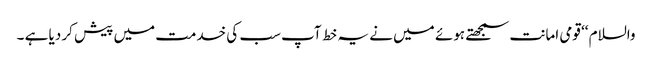
والسلام ‘‘ قومی امانت سمجھتے ہوئے میں نے یہ خط آپ سب کی خدمت میں پیش کر دیا ہے ۔